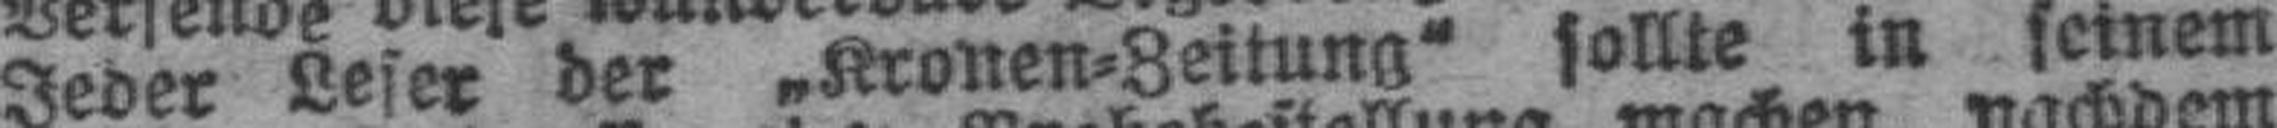
Jeder Leser der „Kronen=Zeitung“ sollte in seinem